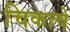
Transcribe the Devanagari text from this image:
चिकाचे